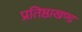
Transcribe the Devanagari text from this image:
प्रतिष्ठाखण्ड